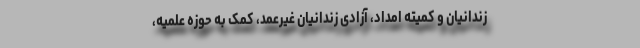
زندانیان و کمیته امداد، آزادی زندانیان غیرعمد، کمک به حوزه علمیه،